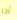
آخر